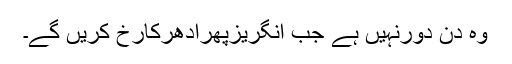
وہ دن دورنہیں ہے جب انگریزپھرادھرکارخ کریں گے۔